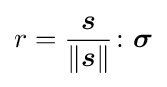
r={\frac {\boldsymbol {s}}{\lVert {\boldsymbol {s}}\rVert }}\colon {\boldsymbol {\sigma }}